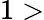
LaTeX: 1>